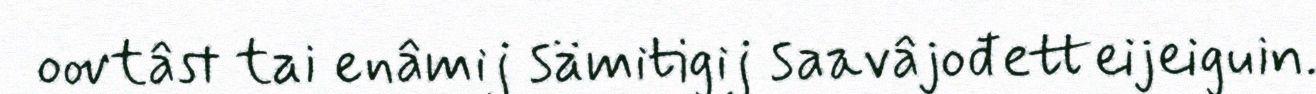
oovtâst tai enâmij sämitigij saavâjođetteijeiguin.